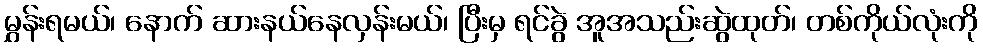
မွှန်းရမယ်၊ နောက် ဆားနယ်နေလှန်းမယ်၊ ပြီးမှ ရင်ခွဲ အူအသည်းဆွဲထုတ်၊ တစ်ကိုယ်လုံးကို